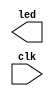
`timescale 1ns / 1ps
//////////////////////////////////////////////////////////////////////////////////
// Company: 
// Engineer: 
// 
// Design Name: 
// Module Name: led
// Project Name: 
// Target Devices: 
// Tool Versions: 
// Description: 
// 
// Dependencies: 
// 
// Revision:
// Revision 0.01 - File Created
// Additional Comments:
// 
//////////////////////////////////////////////////////////////////////////////////


module led(
    output led,
    input clk
    );
endmodule